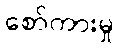
စော်ကားမှု